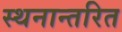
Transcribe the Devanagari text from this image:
स्थनान्तरित